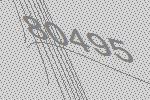
80495